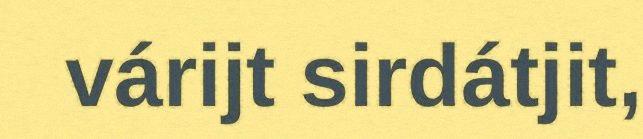
várijt sirdátjit,